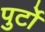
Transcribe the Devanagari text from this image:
पुर्टो